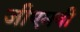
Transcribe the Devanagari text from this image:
जीएमबी